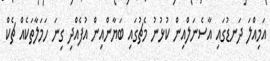
އަމިއްލަ ދަނޑުގައި އާސެނަލްއިން ކުޅުނު މެޗުގައި ބަޔާންއިން އުފެއްދި ގިނަ ހަމަލާތަކެއް ޗެކް